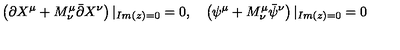
\left( \partial X ^ { \mu } + M _ { \nu } ^ { \mu } \bar { \partial } X ^ { \nu } \right) | _ { I m ( z ) = 0 } = 0 , \quad \left( \psi ^ { \mu } + M _ { \nu } ^ { \mu } \bar { \psi } ^ { \nu } \right) | _ { I m ( z ) = 0 } = 0